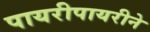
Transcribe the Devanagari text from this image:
पायरीपायरीने